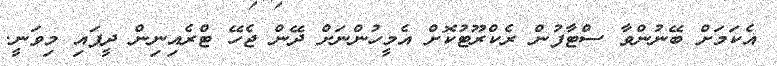
އެކަމަށް ބޭނުންވާ ސްޓާފުން ރެކްރޫޓުކޮށް އެމީހުންނަށް ދޭން ޖެހޭ ޓްރެއިނިން ދީފައި މިވަނީ.